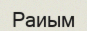
Раиым